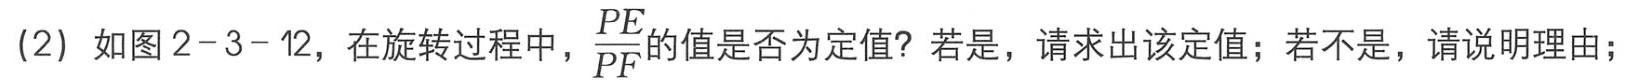
(2) 如图2-3-12，在旋转过程中，$\frac{PE}{PF}$的值是否为定值？若是，请求出该定值；若不是，请说明理由；